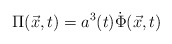
\begin{align*}\Pi(\vec{x},t) = a^3(t)\dot{\Phi}(\vec{x},t) \end{align*}